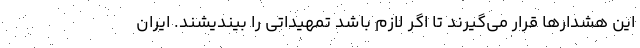
این هشدارها قرار می‌گیرند تا اگر لازم باشد تمهیداتی را بیندیشند. ایران